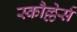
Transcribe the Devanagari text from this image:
स्कौल्लेर्स